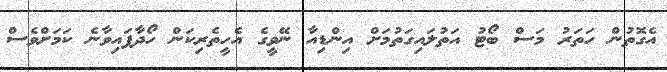
އެގޮތުން ހަތަރު މަސް ބޯޓު އަތުލައިގަތުމަށް އިންޑިއާ ނޭވީގެ އެހީތެރިކަން ހޯދާފައިވާނެ ކަމަށްވެސް